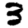
Digit: 3